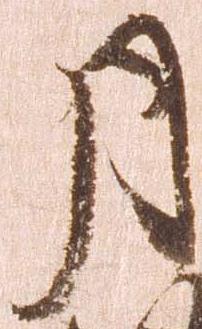
月